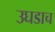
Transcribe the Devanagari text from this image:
उघडाच